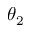
\theta _ { 2 }